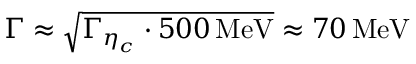
\Gamma \approx \sqrt { \Gamma _ { \eta _ { c } } \cdot 5 0 0 \, \mathrm { M e V } } \approx 7 0 \, \mathrm { M e V }